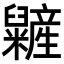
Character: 𥽱